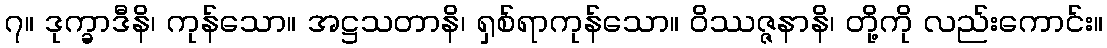
၇။ ဒုက္ခာဒီနိ၊ ကုန်သော။ အဋ္ဌသတာနိ၊ ရှစ်ရာကုန်သော။ ဝိဿဇ္ဇနာနိ၊ တို့ကို လည်းကောင်း။